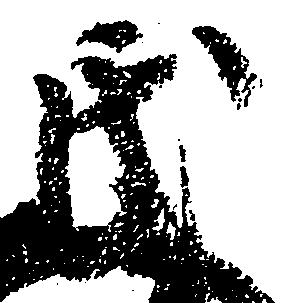
氏